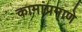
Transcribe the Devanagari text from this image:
कामांप्रमाणे